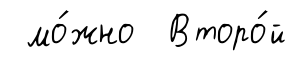
мо́жно Второ́й